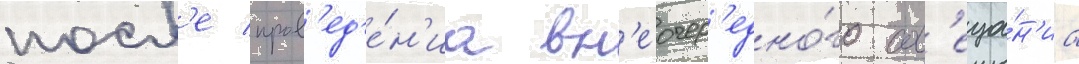
посл'е пров'ед'е́н'иа вн'еочер'едно́го сов'еща́н'иа